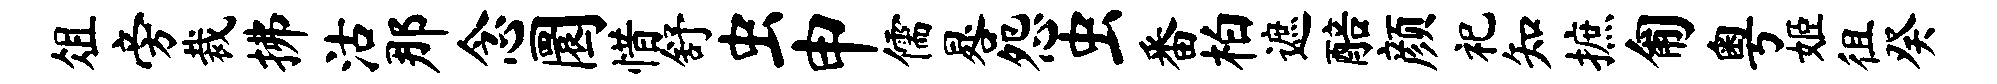
俎旁裁拂沽那念圜惜舒虫申儒晷怨虫番柏遮醅颜祀知摭匍粤姬徂癸